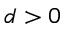
d > 0